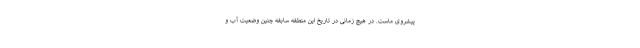
پیشروی ماست. در هیچ زمانی در تاریخ این منطقه سابقه چنین وضعیت آب و